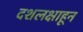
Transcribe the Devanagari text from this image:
दशलक्षाहून